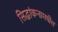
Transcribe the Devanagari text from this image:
सिद्धांकनामधील